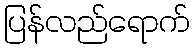
ပြန်လည်ရောက်